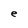
Character: e